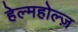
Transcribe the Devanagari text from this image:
हेल्महोल्ज़